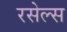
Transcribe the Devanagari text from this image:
रसेल्स